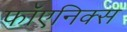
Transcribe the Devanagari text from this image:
फॉएनिक्स